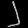
Digit: ၂